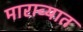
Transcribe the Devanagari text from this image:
माराव्यात